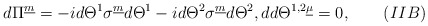
\begin{align*}d\Pi^{\underline m}=-id\Theta^1\sigma^{\underline m}d\Theta^1-id\Theta^2\sigma^{\underline m}d\Theta^2, dd\Theta^{1,2\underline\mu}=0,\qquad(IIB)\end{align*}